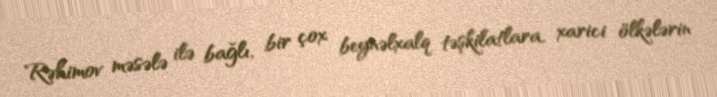
Rəhimov məsələ ilə bağlı, bir çox beynəlxalq təşkilatlara, xarici ölkələrin